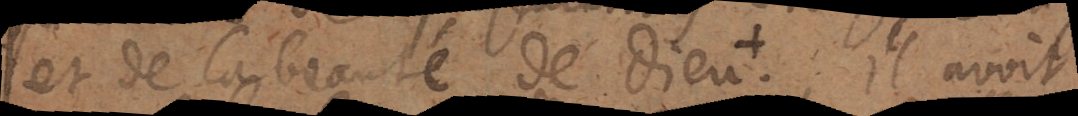
et de la beauté de Dieu ⁜ .il avoit